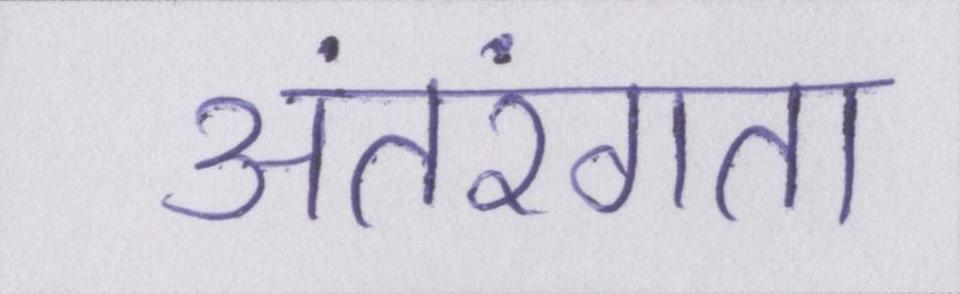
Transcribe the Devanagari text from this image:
अंतरंगता